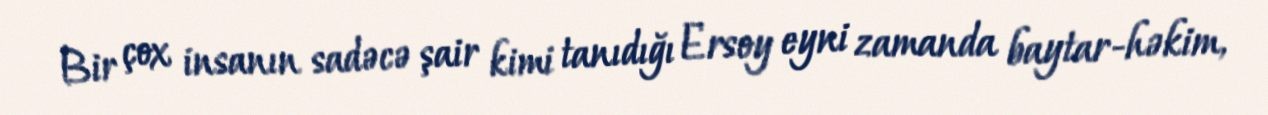
Bir çox insanın sadəcə şair kimi tanıdığı Ersoy eyni zamanda baytar-həkim,